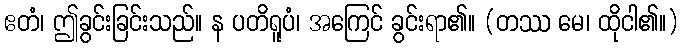
ဧတံ၊ ဤခွင်းခြင်းသည်။ န ပတိရူပံ၊ အကြေင် ခွင်းရာ၏။ (တဿ မေ၊ ထိုငါ၏။)